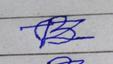
Signature authenticity: forged